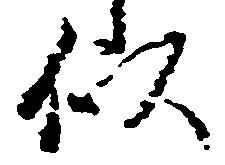
似